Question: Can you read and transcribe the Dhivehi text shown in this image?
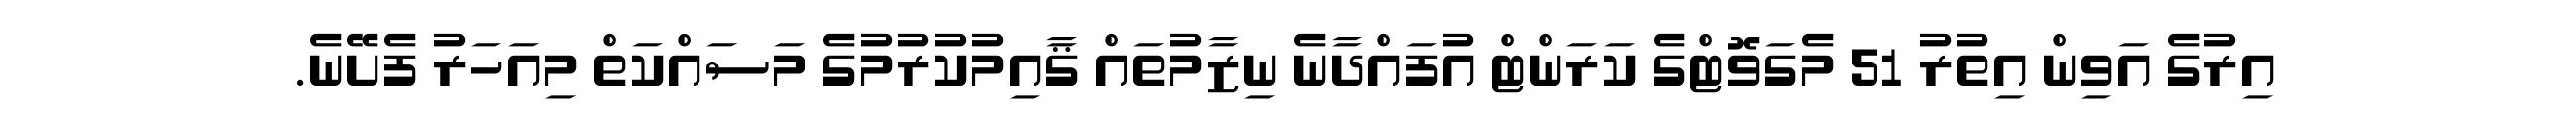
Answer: އިރުގެ އަވިން އިތުރު 51 މެގަވޮޓްގެ ކަރަންޓް އުފައްދާނެ ނިޒާމުތައް ޤާއިމުކުރުމުގެ މަސައްކަތް މިއަހަރު ފެށޭނެ.